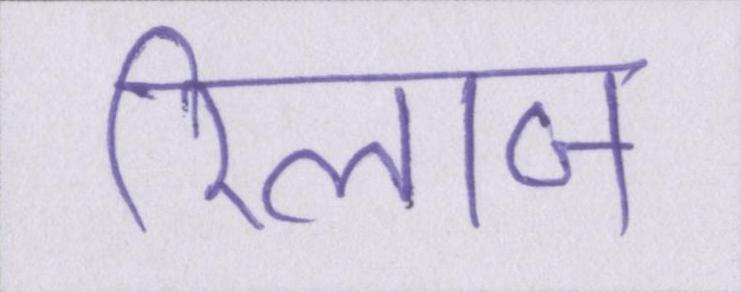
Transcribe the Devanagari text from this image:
रिलाज